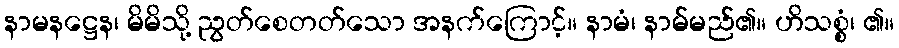
နာမနဋ္ဌေန၊ မိမိသို့ ညွတ်စေတတ်သော အနက်ကြောင့်။ နာမံ၊ နာမ်မည်၏။ ဟိသစ္စံ၊ ၏။